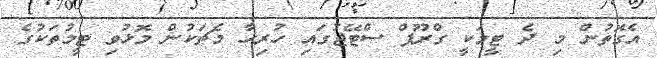
އެގޮތުން މި ދެ ޓީމަކީ ގްރޫޕް ސްޓޭޖުގައި ހުރިހާ މެޗަކުން މޮޅުވި ޓީމުތަކުގެ